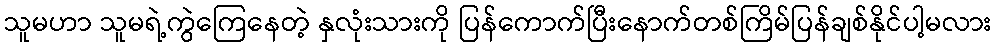
သူမဟာ သူမရဲ့ကွဲကြေနေတဲ့ နှလုံးသားကို ပြန်ကောက်ပြီးနောက်တစ်ကြိမ်ပြန်ချစ်နိုင်ပါ့မလား